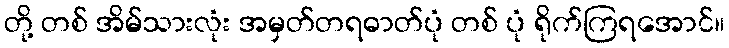
တို့ တစ် အိမ်သားလုံး အမှတ်တရဓာတ်ပုံ တစ် ပုံ ရိုက်ကြရအောင်။